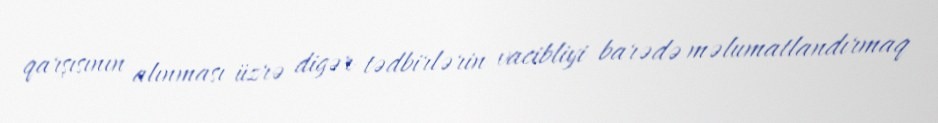
qarşısının alınması üzrə digər tədbirlərin vacibliyi barədə məlumatlandırmaq